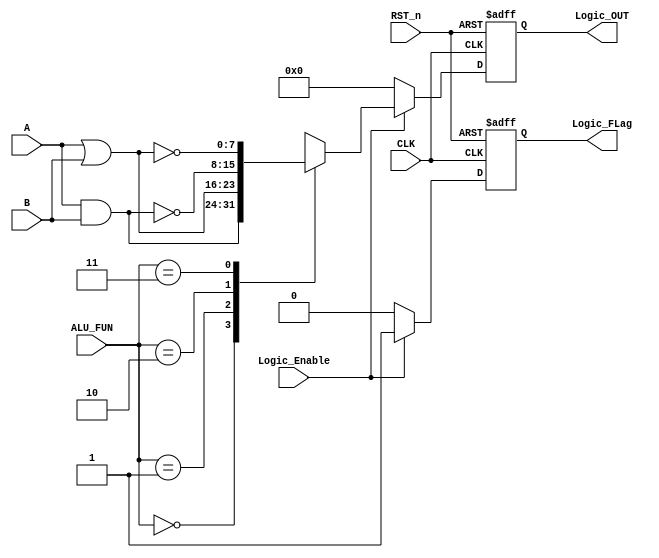
module LOGIC_UNIT #(parameter width=8)
(
    input       [width-1:0]   A,
    input       [width-1:0]   B,
    input       [1:0]         ALU_FUN,
    input                     CLK,
    input                     RST_n,
    input                     Logic_Enable,
    output reg  [width-1:0]   Logic_OUT,
    output reg                Logic_FLag
);

//internal signals
reg [width-1:0] Logic_OUT_reg;
reg             Logic_FLag_reg;

always@(*)
begin
    Logic_FLag_reg=1'b0;
    if(Logic_Enable)
        begin
            Logic_FLag_reg=1'b1;
            case (ALU_FUN)
                2'b00:
                    Logic_OUT_reg =  A & B;
                2'b01:
                    Logic_OUT_reg =  A | B;
                2'b10:
                    Logic_OUT_reg = ~( A & B );
                2'b11:
                    Logic_OUT_reg = ~( A | B );
                default: 
                    Logic_OUT_reg='b0;
            endcase
    end
    else
        begin
            Logic_OUT_reg='b0;
            Logic_FLag_reg=1'b0;
        end

end

always @(posedge CLK,negedge RST_n)
begin
    if(!RST_n)
        begin
            Logic_OUT  <=  'b0;
            Logic_FLag <= 1'b0;
        end
    else 
        begin
            Logic_OUT  <= Logic_OUT_reg;
            Logic_FLag <= Logic_FLag_reg;
        end
end

endmodule